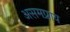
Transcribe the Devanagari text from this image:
असमप्राय